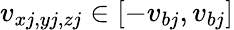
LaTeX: v_{xj,yj,zj}\in[-v_{bj},v_{bj}]